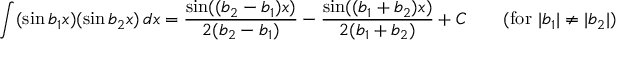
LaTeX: \int ( \sin b _ { 1 } x ) ( \sin b _ { 2 } x ) \, d x = { \frac { \sin ( ( b _ { 2 } - b _ { 1 } ) x ) } { 2 ( b _ { 2 } - b _ { 1 } ) } } - { \frac { \sin ( ( b _ { 1 } + b _ { 2 } ) x ) } { 2 ( b _ { 1 } + b _ { 2 } ) } } + C \qquad { \mathrm { ( f o r ~ } } | b _ { 1 } | \neq | b _ { 2 } | { \mathrm { ) } }